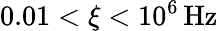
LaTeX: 0.01<\xi<10^{6}\mathrm{\, Hz}